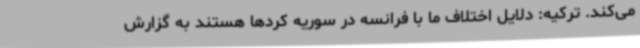
می‌کند. ترکیه: دلایل اختلاف ما با فرانسه در سوریه کردها هستند به گزارش